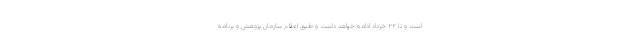
است و تا ۲۲ خرداد ادامه خواهد داشت و طبق اعلام سازمان پژوهش و برنامه